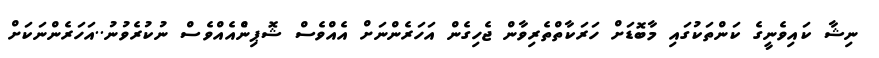
ނިޝާ ކައިވެނީގެ ކަންތަކުގައި މާބޮޑަށް ހަރަކާތްތެރިވާން ޖެހިގެން އަހަރެންނަށް އެއްވެސް ޝޮޕިންެއެއްވެސް ނުކުރެވުނު..އަހަރެންނަކަށް